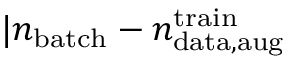
| n _ { \mathrm { b a t c h } } - n _ { \mathrm { d a t a , a u g } } ^ { \mathrm { t r a i n } } \